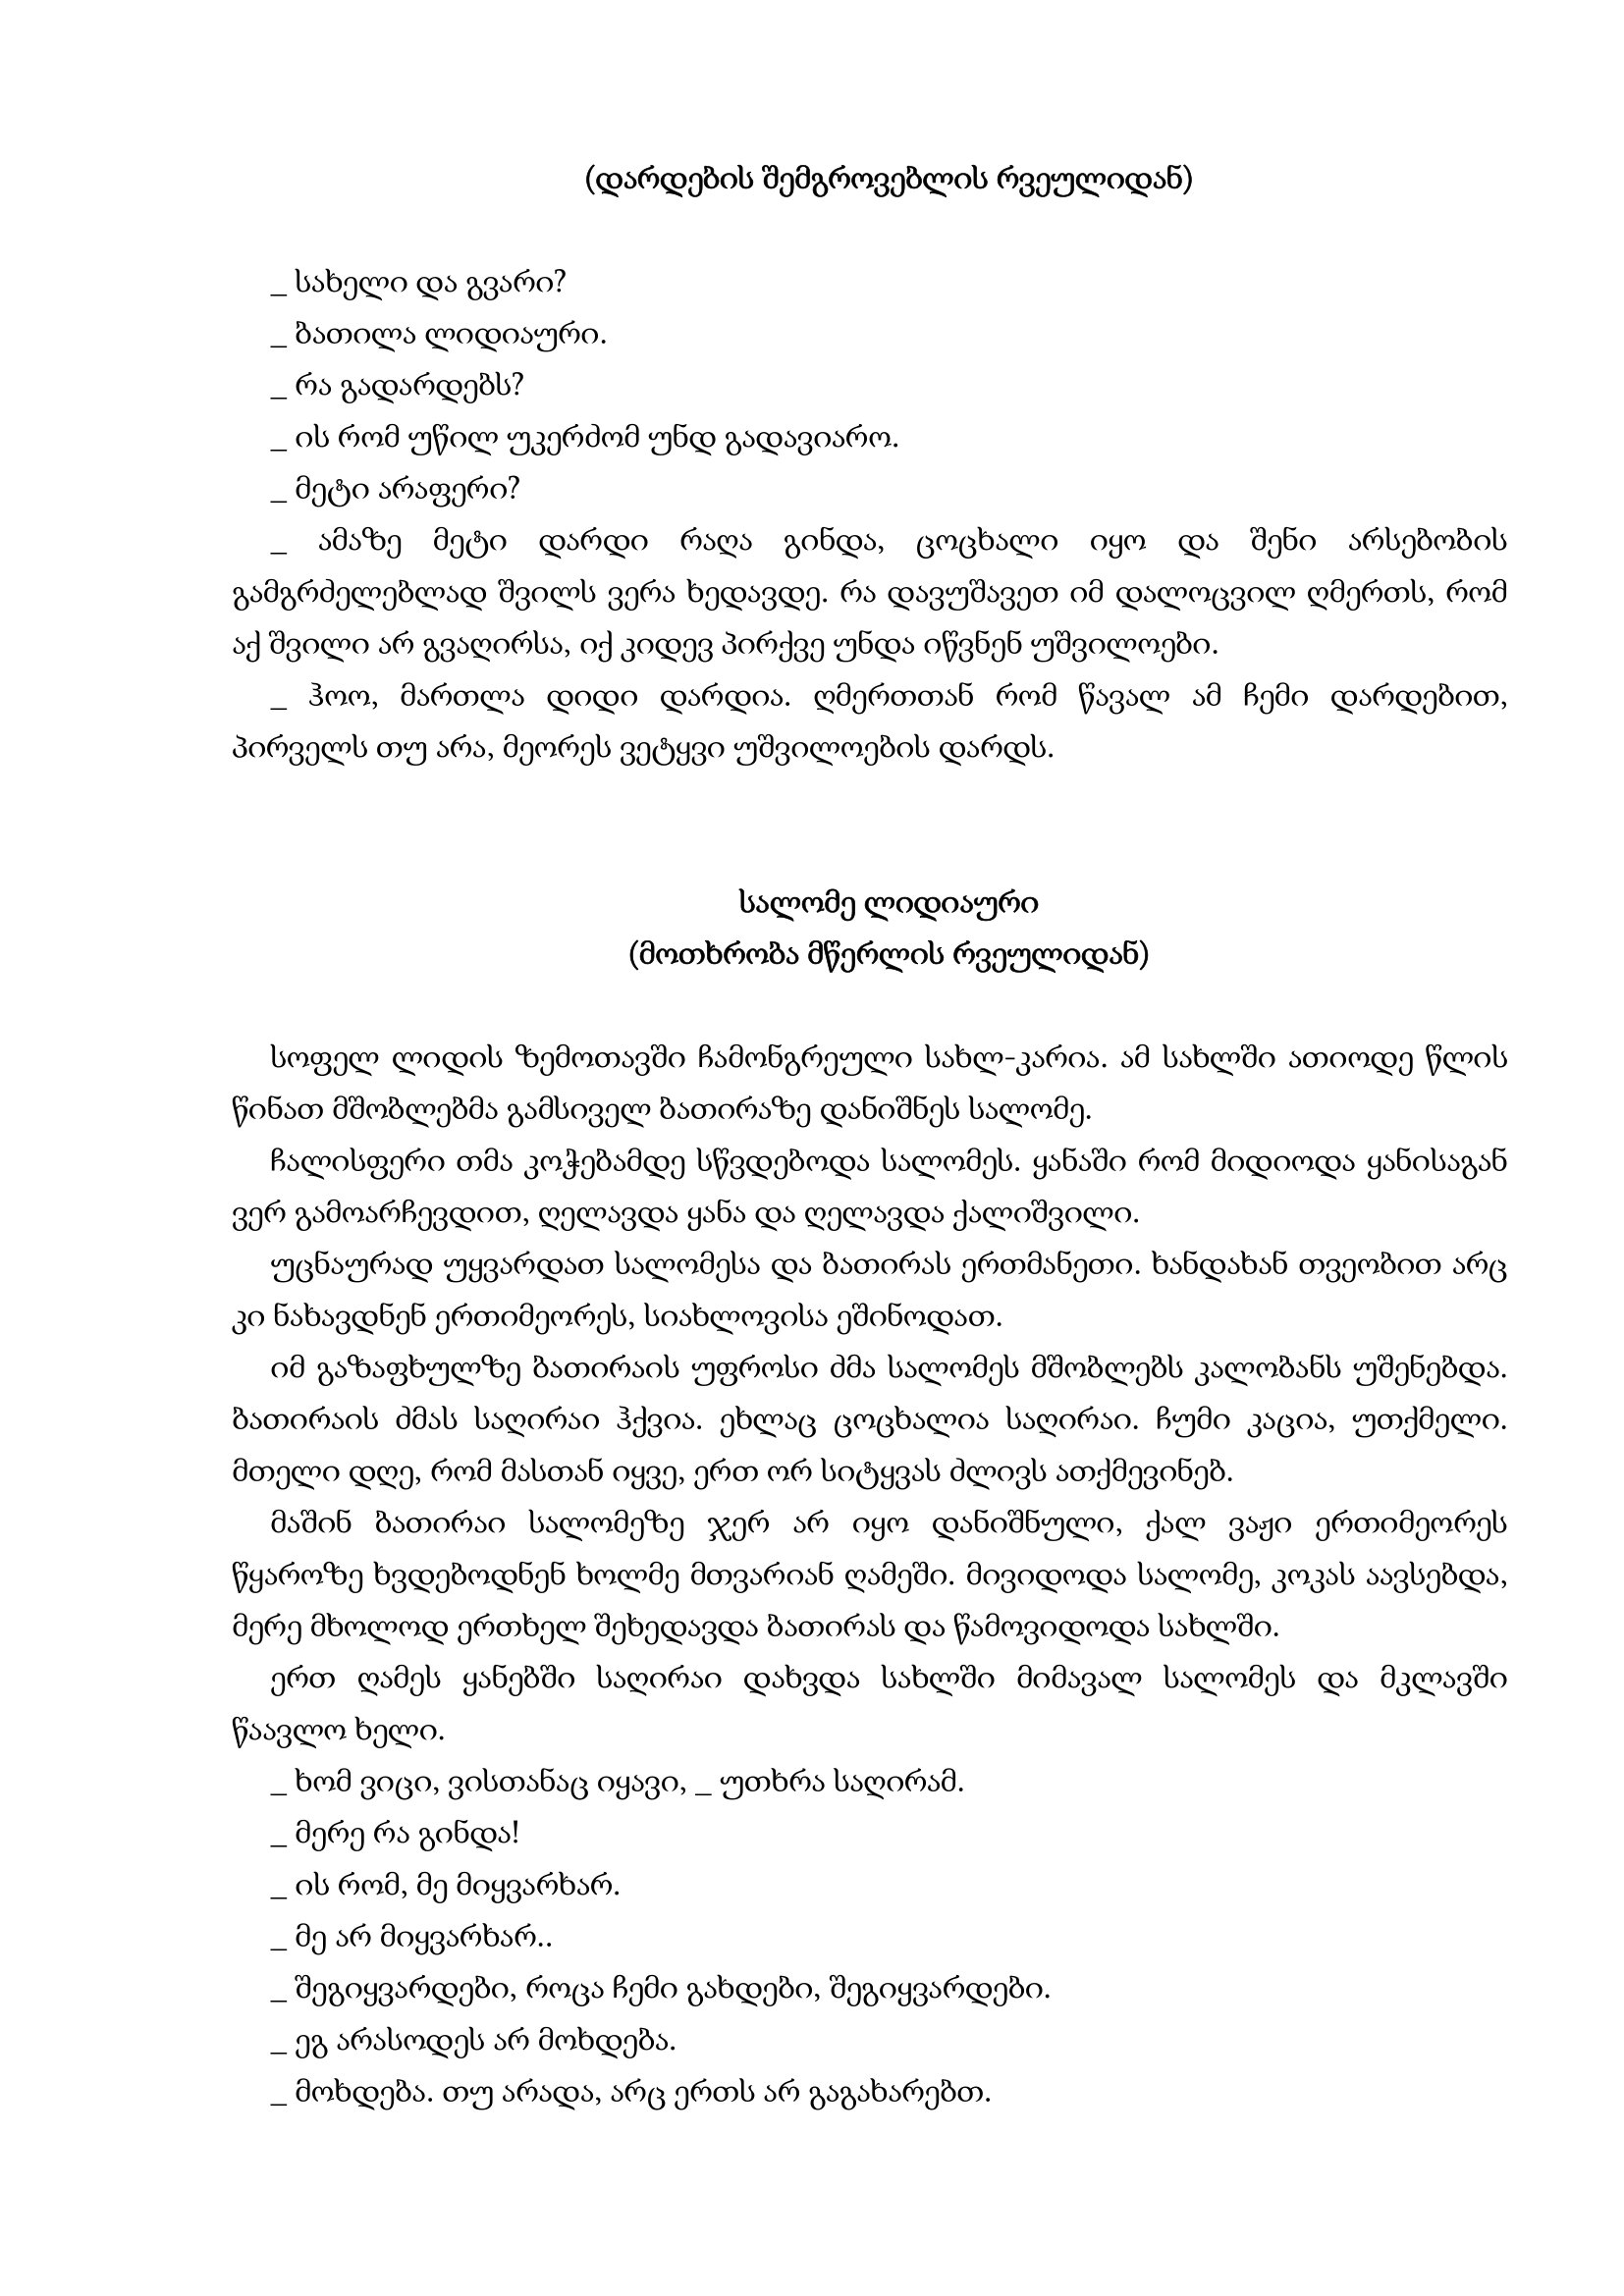
Language: gr